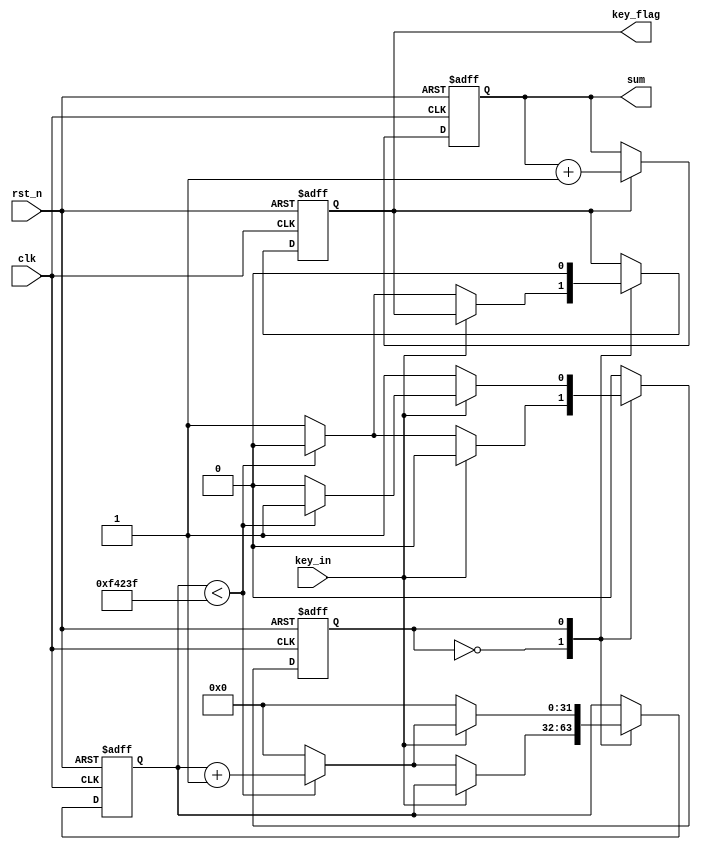
module filter(clk, rst_n, key_in, sum,key_flag);

	input clk,rst_n;
	input key_in;
	output reg [3:0] sum;
	
	output reg key_flag;
	
	reg [31:0] count;
	
	reg state;
	
	`define T 50_000_000/50
	// `define T 600
	
	always @ (posedge clk or negedge rst_n)
	begin
		if(!rst_n)
			begin
				key_flag <= 0;
				count <= 0;
				state <= 0;
			end
		else
			case(state)
				0	:	begin
							if(!key_in)
								begin
									if(count < `T - 1)
										begin
											count <= count + 1;
											key_flag <= 0;
											state <= 0;
										end
									else
										begin
											count <= 0;
											key_flag <= 1;
											state <= 1;
										end
								end
//							else
//								begin
//									count <= 0;
//									state <= 0;
//									key_flag <= 0;
//								end
						end

				1	:	begin
							key_flag <= 0;
							if(key_in)
								begin
									if(count < `T - 1)
										begin
											count <= count + 1;
											state <= 1;
										end
									else
										begin
											count <= 0;
											state <= 0;
										end
								end
							else
								begin
									count <= 0;
//									state <= 1;
								end
						end	
			endcase
	end
	
	always @ (posedge clk or negedge rst_n)
	begin
		if(!rst_n)
			sum <= 3'd0;
		else
			begin
				if(key_flag)
					sum <= sum + 1'b1;
				else
					sum <= sum;
			end
	end
	
endmodule